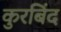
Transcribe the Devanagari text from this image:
कुरबिंद